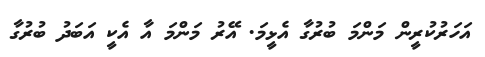
އަހަރުކުރީން މަންމަ ބުރުގާ އެޅީމަ. އޭރު މަންމަ އާ އެކީ އަބަދު ބުރުގާ